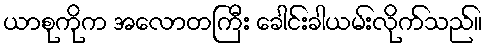
ယာစုကိုက အလောတကြီး ခေါင်းခါယမ်းလိုက်သည်။